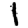
Digit: 1